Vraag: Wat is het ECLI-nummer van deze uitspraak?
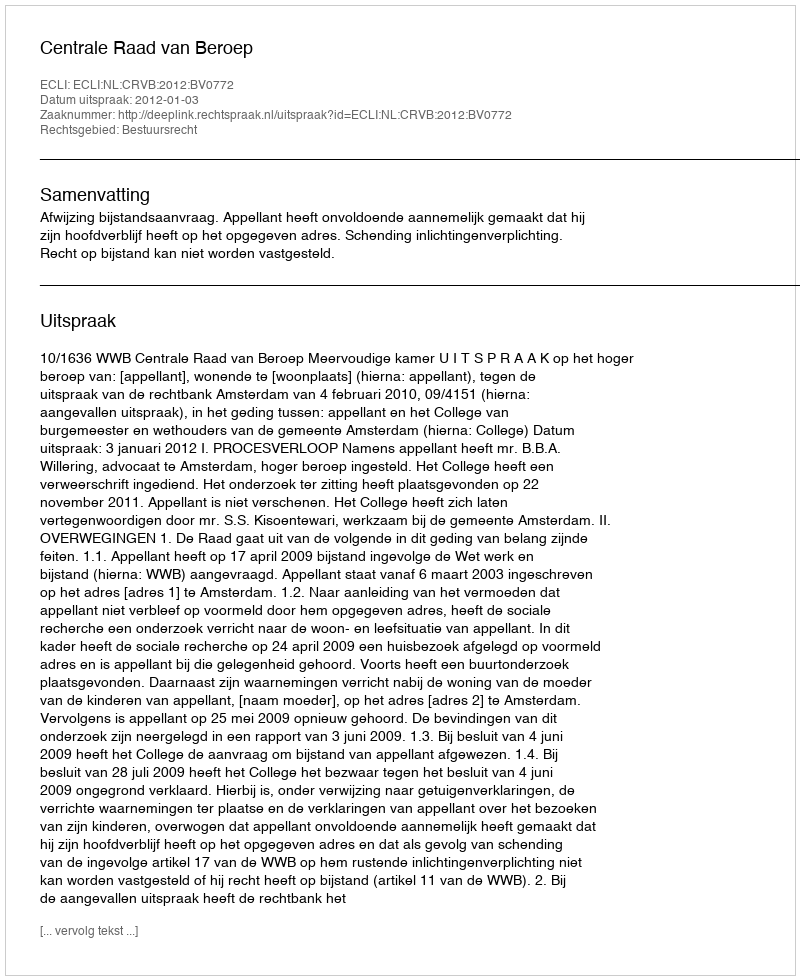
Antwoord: ECLI:NL:CRVB:2012:BV0772